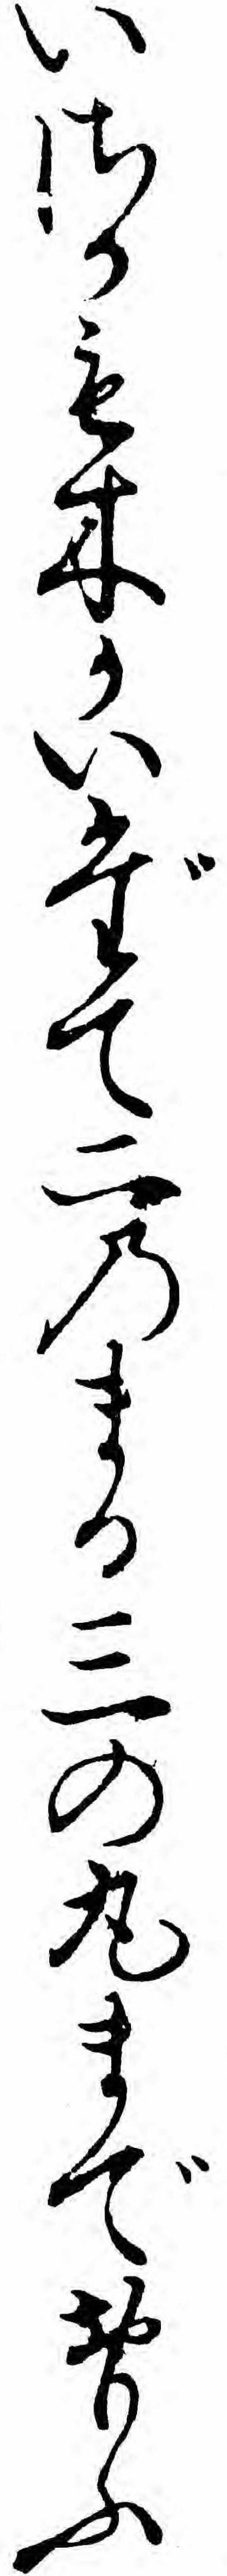
いさかも木かいだて二のまる三の丸までおもふ